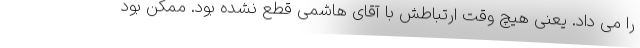
را می داد. یعنی هیچ وقت ارتباطش با آقای هاشمی قطع نشده بود. ممکن بود